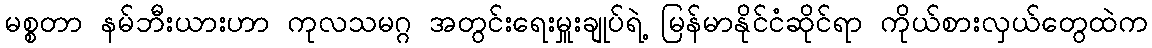
မစ္စတာ နမ်ဘီးယားဟာ ကုလသမဂ္ဂ အတွင်းရေးမှူးချုပ်ရဲ့ မြန်မာနိုင်ငံဆိုင်ရာ ကိုယ်စားလှယ်တွေထဲက